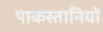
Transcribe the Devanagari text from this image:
पाकस्तानियों